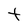
Character: t